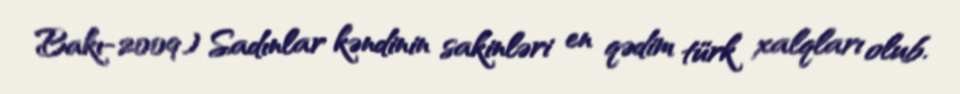
Bakı-2009) Sadınlar kəndinin sakinləri en qədim türk xalqları olub.